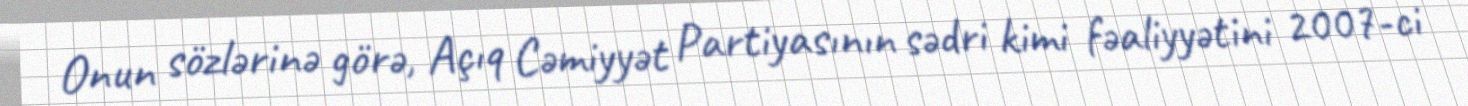
Onun sözlərinə görə, Açıq Cəmiyyət Partiyasının sədri kimi fəaliyyətini 2007-ci